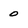
Character: 0